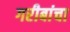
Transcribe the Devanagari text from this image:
गरीबांचा